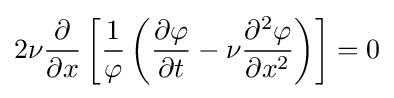
2\nu {\frac {\partial }{\partial x}}\left[{\frac {1}{\varphi }}\left({\frac {\partial \varphi }{\partial t}}-\nu {\frac {\partial ^{2}\varphi }{\partial x^{2}}}\right)\right]=0